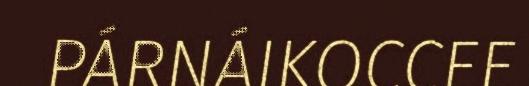
PÁRNÁIKOCCEE